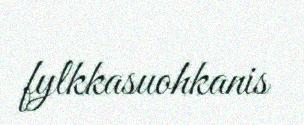
fylkkasuohkanis